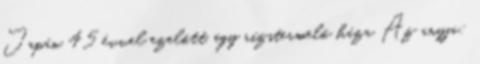
Japán 45 évvel ezelőtt, egy rízstermelő háza Az anyja: